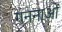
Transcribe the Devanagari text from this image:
गननाओं